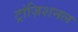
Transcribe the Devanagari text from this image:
ट्रांज़िशनल